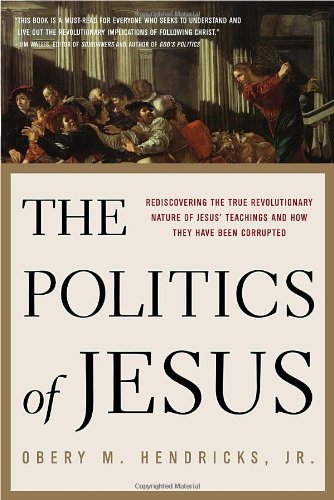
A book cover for The Politics of Jesus: Rediscovering the True Revolutionary Nature of Jesus' Teachings and How They Have Been Corrupted; Obery Hendricks; Religion & Spirituality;